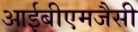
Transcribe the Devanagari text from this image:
आईबीएमजैसी